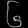
Digit: ၆